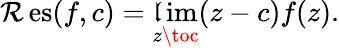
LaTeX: \operatorname{\mathcal{R}es}(f,c)=\operatorname*{\mathfrak{l}im}_{z\toc}(z-c)f(z).